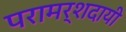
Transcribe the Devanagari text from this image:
परामर्शदायी